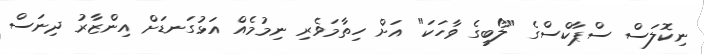
ނިކޮލަސް ސްޕާކްސްގެ "ލޯބީގެ ވާހަކަ" އަށް ހިތާމަވެރި ނިމުމެއް އަޅުގަނޑަށް އިންޒާރު ދިނަސް